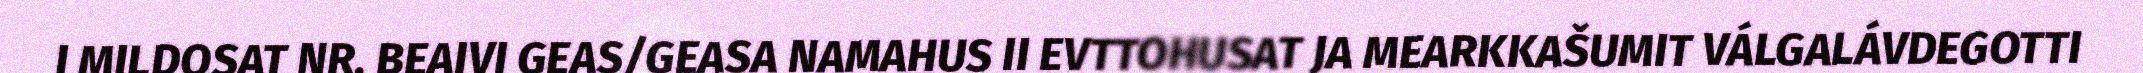
I MILDOSAT NR. BEAIVI GEAS/GEASA NAMAHUS II EVTTOHUSAT JA MEARKKAŠUMIT VÁLGALÁVDEGOTTI